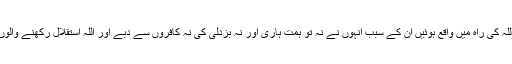
تو جو مصیبتیں ان پر اللہ کی راہ میں واقع ہوئیں ان کے سبب انہوں نے نہ تو ہمت ہاری اور نہ بزدلی کی نہ کافروں سے دبے اور اللہ استقلال رکھنے والوں کو دوست رکھتا ہے۔